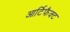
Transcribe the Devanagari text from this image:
आर्टिफैक्ट